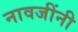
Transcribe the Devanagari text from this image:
नावजींनी